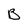
Character: B